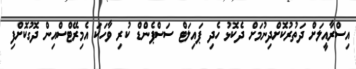
އިސްރާއީލަށް ދަތުރުކޮށްދިނުމަށް ދެކޮޅު ހެދި ޕައިލަޓް ސަސްޕެންޑް ކުރި ވާހަކަ އެމިރޭޓްސްއިން ދޮގުކޮށްފި